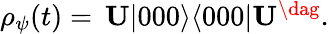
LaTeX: \begin{array}{r}{\rho_{\psi}(t)=\, {\mathbf U}|000\rangle\langle 000|{\mathbf U}^{\dag}.}\end{array}